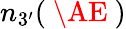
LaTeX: n_{3^{\prime}}(\mathrm{~\AE~})